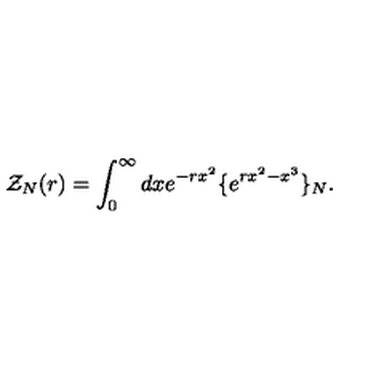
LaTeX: { \cal Z } _ { N } ( r ) = \int _ { 0 } ^ { \infty } d x e ^ { - r x ^ { 2 } } \{ e ^ { r x ^ { 2 } - x ^ { 3 } } \} _ { N } .